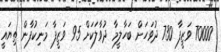
70000 ވަޒީފާ 730 ދުވަހަށް ބަހާލީމާ ދުވާލަކަށް 95 ވަޒީފާ މަނިކުފާން ތިޔައީ